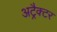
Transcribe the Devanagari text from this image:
अट्रैक्टर